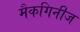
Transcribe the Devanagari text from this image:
मैकगिनीज